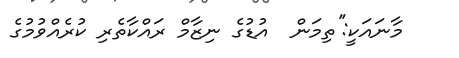
މާނައަކީ:''ތިމަން  އުޑުގެ ނިޒާމް ރައްކާތެރި ކުރެއްވުމުގެ